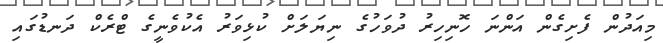
މިއަދުން ފެށިގެން އަންނަ ހޮނިހިރު ދުވަހުގެ ނިޔަލަށް ކުޅިވަރު އެކުވެނީގެ ޓްރެކް ދަނޑުގައި